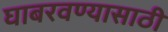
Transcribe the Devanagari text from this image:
घाबरवण्यासाठी